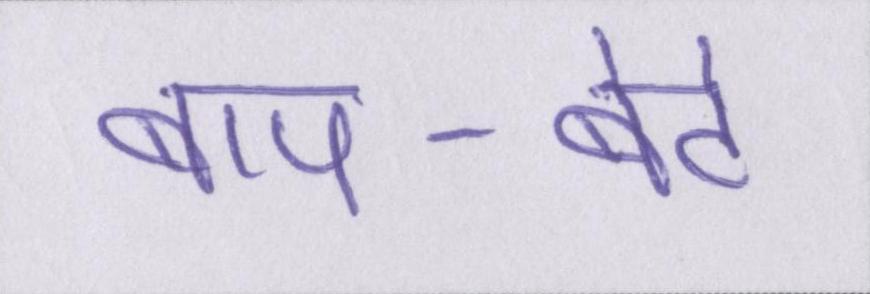
बाप-बेटे